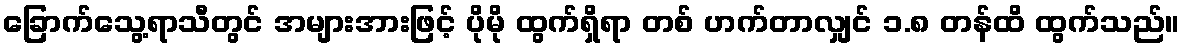
ခြောက်သွေ့ရာသီတွင် အများအားဖြင့် ပိုမို ထွက်ရှိရာ တစ် ဟက်တာလျှင် ၁.၈ တန်ထိ ထွက်သည်။